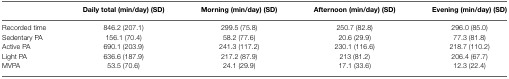
|  | Daily total (min/day) (SD) | Morning (min/day) (SD) | Afternoon (min/day) (SD) | Evening (min/day) (SD) |
 | --- | --- | --- | --- | --- |
 | Recorded time | 846.2 (207.1) | 299.5 (75.8) | 250.7 (82.8) | 296.0 (85.0) |
 | Sedentary PA | 156.1 (70.4) | 58.2 (77.6) | 20.6 (29.9) | 77.3 (81.8) |
 | Active PA | 690.1 (203.9) | 241.3 (117.2) | 230.1 (116.6) | 218.7 (110.2) |
 | Light PA | 636.6 (187.9) | 217.2 (87.9) | 213 (81.2) | 206.4 (67.7) |
 | MVPA | 53.5 (70.6) | 24.1 (29.9) | 17.1 (33.6) | 12.3 (22.4) |